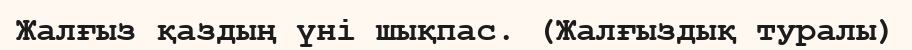
Жалғыз қаздың үні шықпас. (Жалғыздық туралы)